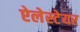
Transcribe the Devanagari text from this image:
ऐलेस्टेयर